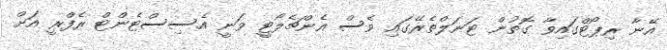
އޭނާ ރިޕޯޓްގައިވާ ގޮތުން ޓަނަލްތެރޭގައި ވެސް އެންޗެލޯޓީ ވަނީ އެސިސްޓެންޓް ރެފްރީ އަށް